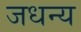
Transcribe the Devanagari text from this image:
जधन्य